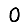
Digit: 0